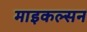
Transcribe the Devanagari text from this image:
माइकल्सन